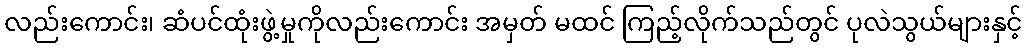
လည်းကောင်း၊ ဆံပင်ထုံးဖွဲ့မှုကိုလည်းကောင်း အမှတ် မထင် ကြည့်လိုက်သည်တွင် ပုလဲသွယ်များနှင့်